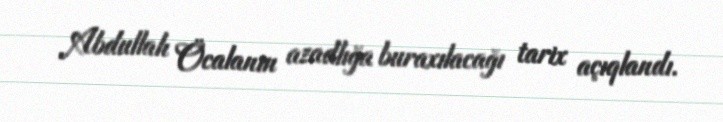
Abdullah Öcalanın azadlığa buraxılacağı tarix açıqlandı.